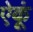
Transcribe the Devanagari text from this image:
ऐकूं